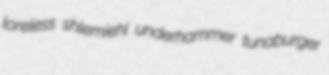
loreless shlemiehl underhammer tunaburger